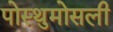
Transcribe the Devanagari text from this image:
पोस्थुमोसली